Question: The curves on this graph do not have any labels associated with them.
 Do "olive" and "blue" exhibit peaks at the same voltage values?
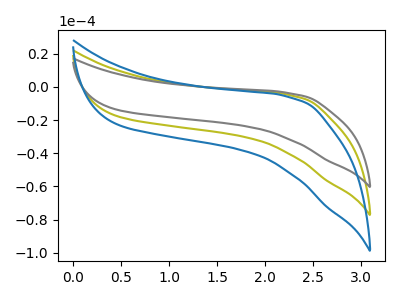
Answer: <think>The olive curve "olive" has no peaks. The gray curve "gray" has no peaks. The blue curve "blue" has no peaks.</think>
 <answer>Niether CV has any peaks.</answer>
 <eval>blanks</eval>